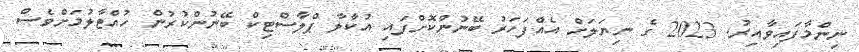
ނިންމާފައިވާއިރު